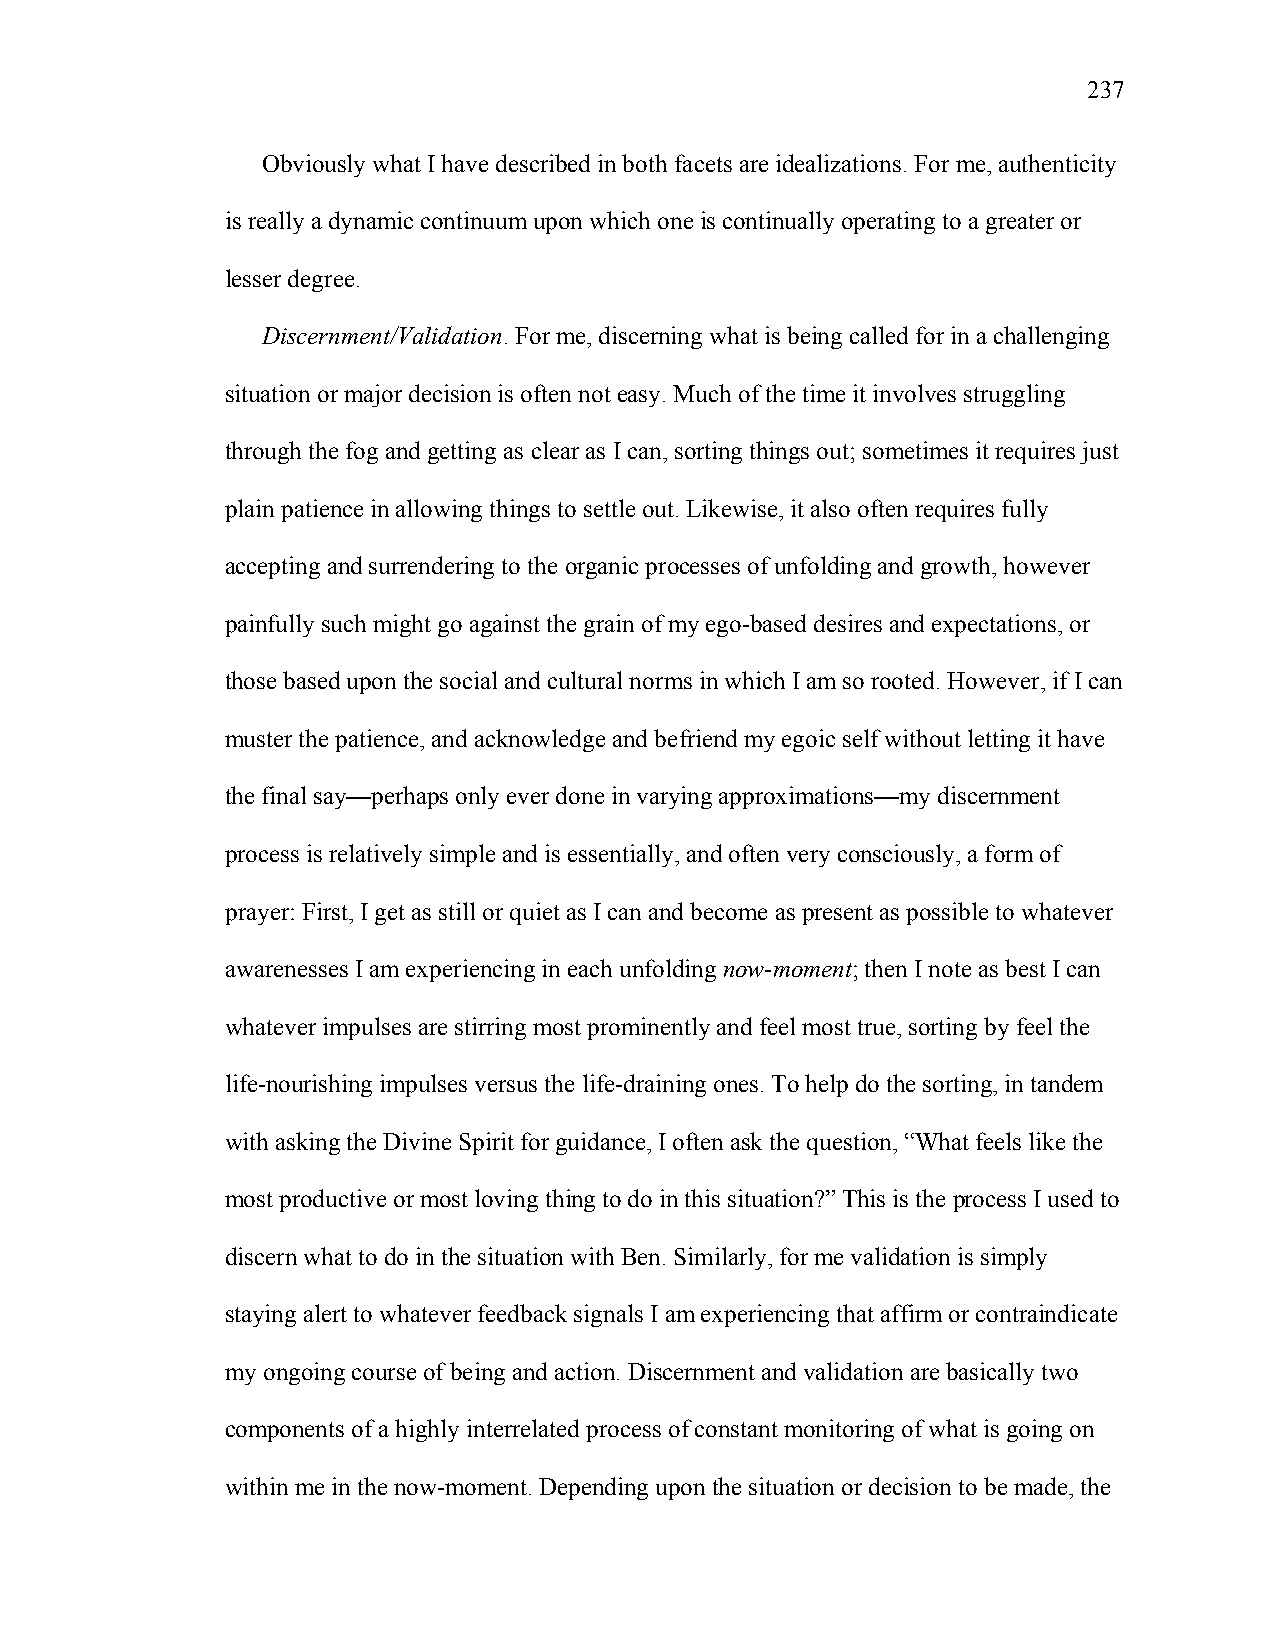
237
 Obviously what I have described in both facets are idealizations. For me, authenticity
 is really a dynamic continuum upon which one is continually operating to a greater or
 lesser degree.
 Discernment/Validation. For me, discerning what is being called for in a challenging
 situation or major decision is often not easy. Much of the time it involves struggling
 through the fog and getting as clear as I can, sorting things out; sometimes it requires just
 plain patience in allowing things to settle out. Likewise, it also often requires fully
 accepting and surrendering to the organic processes of unfolding and growth, however
 painfully such might go against the grain of my ego-based desires and expectations, or
 those based upon the social and cultural norms in which I am so rooted. However, if I can
 muster the patience, and acknowledge and befriend my egoic self without letting it have
 the final say—perhaps only ever done in varying approximations—my discernment
 process is relatively simple and is essentially, and often very consciously, a form of
 prayer: First, I get as still or quiet as I can and become as present as possible to whatever
 awarenesses I am experiencing in each unfolding now-moment; then I note as best I can
 whatever impulses are stirring most prominently and feel most true, sorting by feel the
 life-nourishing impulses versus the life-draining ones. To help do the sorting, in tandem
 with asking the Divine Spirit for guidance, I often ask the question, “What feels like the
 most productive or most loving thing to do in this situation?” This is the process I used to
 discern what to do in the situation with Ben. Similarly, for me validation is simply
 staying alert to whatever feedback signals I am experiencing that affirm or contraindicate
 my ongoing course of being and action. Discernment and validation are basically two
 components of a highly interrelated process of constant monitoring of what is going on
 within me in the now-moment. Depending upon the situation or decision to be made, the